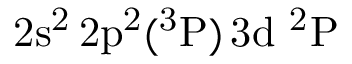
\mathrm { 2 s ^ { 2 } \, 2 p ^ { 2 } ( ^ { 3 } P ) \, 3 d ~ ^ { 2 } P }